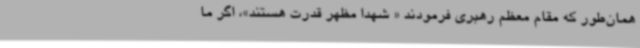
همان‌طور که مقام معظم رهبری فرمودند « شهدا مظهر قدرت هستند»، اگر ما